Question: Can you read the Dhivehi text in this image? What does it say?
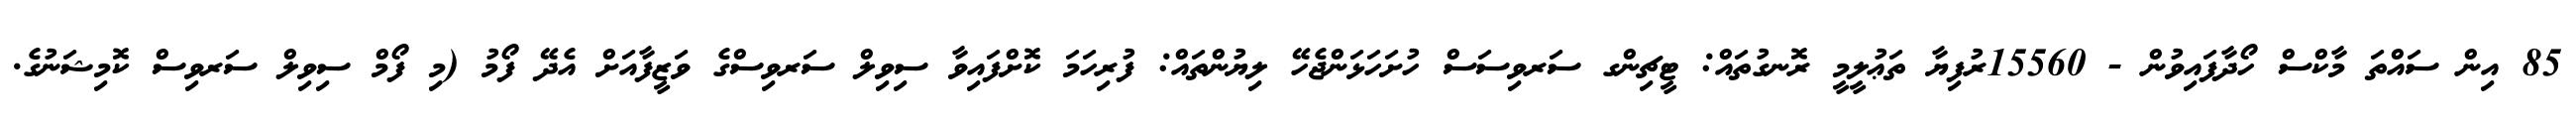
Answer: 85 އިން ސައްތަ މާކްސް ހޯދާފައިވުން - 15560ރުފިޔާ ތަޢުލީމީ ރޮނގުތައް: ޓީޗިންގ ސަރވިސަސް ހުށަހަޅަންޖެހޭ ލިޔުންތައް: ފުރިހަމަ ކޮށްފައިވާ ސިވިލް ސަރވިސްގެ ވަޒީފާއަށް އެދޭ ފޯމު (މި ފޯމް ސިވިލް ސަރވިސް ކޮމިޝަނުގެ.